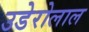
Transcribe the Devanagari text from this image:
उडेरोलाल